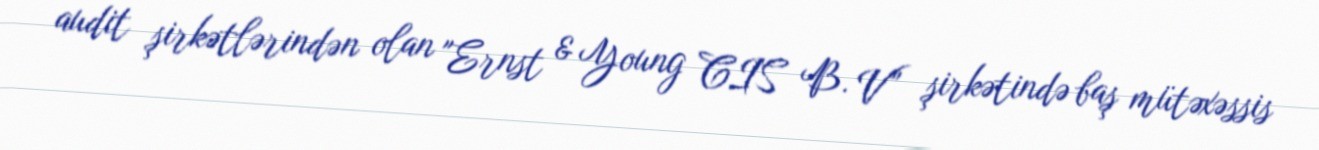
audit şirkətlərindən olan "Ernst & Young CIS B. V” şirkətində baş mütəxəssis